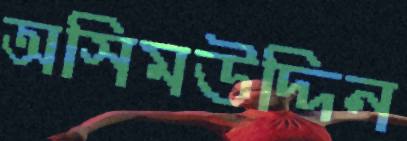
অসিমউদ্দিন